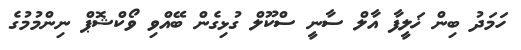
ހަމަދު ބިން ޚަލީފާ އާލް ސާނީ ސްކޫލް ގުޅިގެން ބޭއްވި ވޯކްޝޮޕް ނިންމުމުގެ